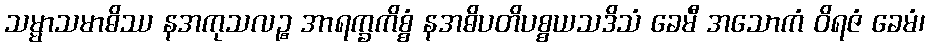
သမ္မာသမာဓိဿ နအကုသလဉ္စ အာရက္ခကိစ္စံ နအဓိပတိပစ္စယသဒိသံ ခေမီ အသောကံ ဝိရဇံ ခေမံ၊